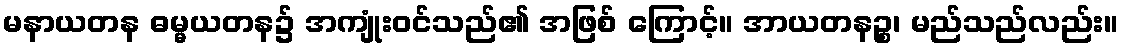
မနာယတန ဓမ္မယတန၌ အကျုံးဝင်သည်၏ အဖြစ် ကြောင့်။ အာယတနဉ္စ၊ မည်သည်လည်း။